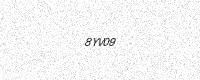
Text: 8YV09